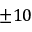
\pm 1 0